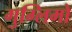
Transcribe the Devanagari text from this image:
गुग्लिमो